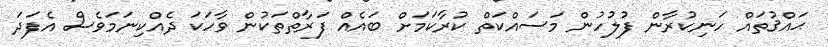
ޙައްޤުތައް ހަނިކުރާން ފުލުހުން މަސައްކަތް ކުރާކަމަށް ބައެއް ފަރާތްތަކުން ވާހަކަ ދެއްކިނަމަވެސް އެފަދަ